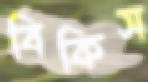
বিকিস